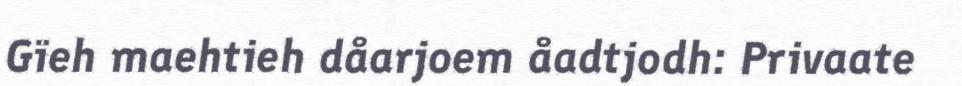
Gïeh maehtieh dåarjoem åadtjodh: Privaate